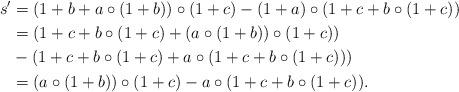
LaTeX: \begin{align*}s' &= (1+b + a\circ (1+b))\circ (1+c) - (1+a) \circ (1+c + b \circ (1+c)) \\&= (1+c + b \circ (1+c) +(a \circ (1+b))\circ (1+c))\\ &- (1+ c + b \circ(1+c) +a \circ (1+c+b \circ(1+c))) \\&= (a \circ (1+b))\circ (1+c) - a \circ (1+c+b \circ(1+c)).\end{align*}